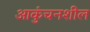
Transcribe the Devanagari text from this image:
आकुंचनशील